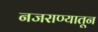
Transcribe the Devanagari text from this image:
नजराण्यातून